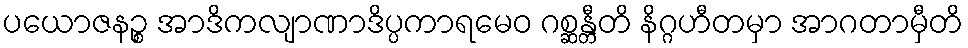
ပယောဇနဉ္စ အာဒိကလျာဏာဒိပ္ပကာရမေဝ ဂစ္ဆန္တီတိ နိဂ္ဂဟီတမှာ အာဂတာမှီတိ